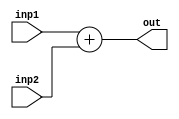
`timescale 1ps/1ps
module Adder (
    inp1,
    inp2,
    out
    );
    parameter n = 32;
    input [n-1:0]inp1,
    inp2;
    output [n-1:0]out;

    assign out = inp1 + inp2;
    
endmodule